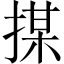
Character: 𢱖